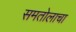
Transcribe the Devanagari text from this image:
समतोलाचा